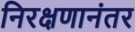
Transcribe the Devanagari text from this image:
निरक्षणानंतर